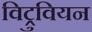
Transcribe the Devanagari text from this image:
विट्रुवियन